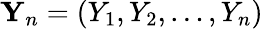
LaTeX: {\mathbf Y}_{n}=(Y_{1},Y_{2},\ldots,Y_{n})